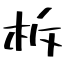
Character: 柝